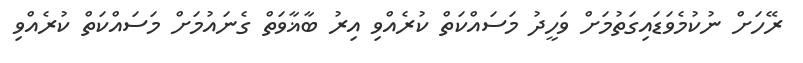
ރޭހަށް ނުކުމެވަޑައިގަތުމަށް ވަހީދު މަސައްކަތް ކުރެއްވި އިރު ބާޣާވަތް ގެނައުމަށް މަސައްކަތް ކުރެއްވި